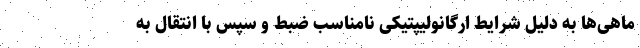
ماهی‌ها به دلیل شرایط ارگانولیپتیکی نامناسب ضبط و سپس با انتقال به